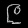
Digit: ၉